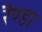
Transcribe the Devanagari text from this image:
रैण्डर